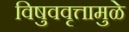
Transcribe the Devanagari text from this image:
विषुववृत्तामुळे